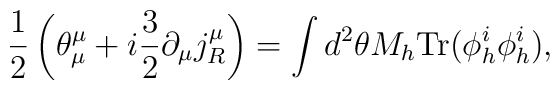
\frac{1}{2} \left(\theta^{\mu}_{\mu} + i         \frac{3}{2} \partial_{\mu} j_{R}^{\mu} \right)        = \int d^{2} \theta M_h        \mbox{Tr}(\phi_{h}^{i}          \phi_{h}^{i}),